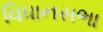
વિધાનસભા